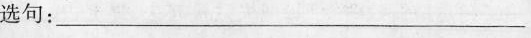
选句：___________